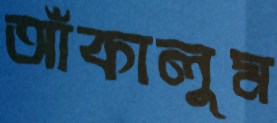
আঁকালুম